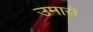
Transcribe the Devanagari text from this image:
उमासे